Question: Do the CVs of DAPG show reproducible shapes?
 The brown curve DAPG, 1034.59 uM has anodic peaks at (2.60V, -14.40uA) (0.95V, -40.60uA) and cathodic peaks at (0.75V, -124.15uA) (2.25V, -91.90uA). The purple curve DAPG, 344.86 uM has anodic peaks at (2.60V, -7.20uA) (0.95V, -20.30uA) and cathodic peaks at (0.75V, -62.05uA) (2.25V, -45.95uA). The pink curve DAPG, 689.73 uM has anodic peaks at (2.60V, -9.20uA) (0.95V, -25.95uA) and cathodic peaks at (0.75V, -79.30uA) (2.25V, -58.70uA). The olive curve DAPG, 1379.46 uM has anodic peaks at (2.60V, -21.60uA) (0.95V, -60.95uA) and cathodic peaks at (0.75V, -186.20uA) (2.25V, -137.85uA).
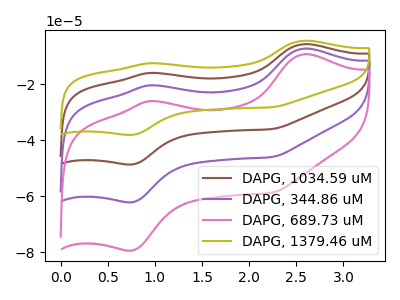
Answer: <think>All the peaks in "DAPG, 1034.59 uM" have a peak in "DAPG, 344.86 uM" at the same potential. All the peaks in "DAPG, 1034.59 uM" have a peak in "DAPG, 689.73 uM" at the same potential. All the peaks in "DAPG, 1034.59 uM" have a peak in "DAPG, 1379.46 uM" at the same potential. All the peaks in "DAPG, 344.86 uM" have a peak in "DAPG, 689.73 uM" at the same potential. All the peaks in "DAPG, 344.86 uM" have a peak in "DAPG, 1379.46 uM" at the same potential. All the peaks in "DAPG, 689.73 uM" have a peak in "DAPG, 1379.46 uM" at the same potential.
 </think>
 <answer>All the CV's of "DAPG" have similar shape.</answer>
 <eval>follow_rule</eval>